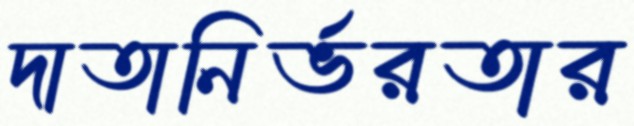
দাতানির্ভরতার